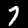
Digit: 7